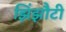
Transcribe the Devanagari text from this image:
झिंझौटी